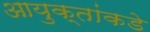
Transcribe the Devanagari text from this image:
आयुक्‍तांकडे